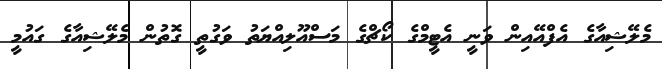
މެލޭޝިއާގެ އެފްއޭއިން ވަނީ އެޓީމްގެ ކޯޗްގެ މަސްއޫލިއްޔަތު ވަގުތީ ގޮތުން މެލޭޝިއާގެ ގައުމީ